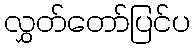
လွှတ်တော်ပြင်ပ